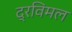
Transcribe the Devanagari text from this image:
द्रविमल